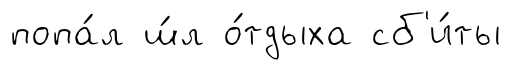
попа́л ш́л о́тдыха сб'и́ты